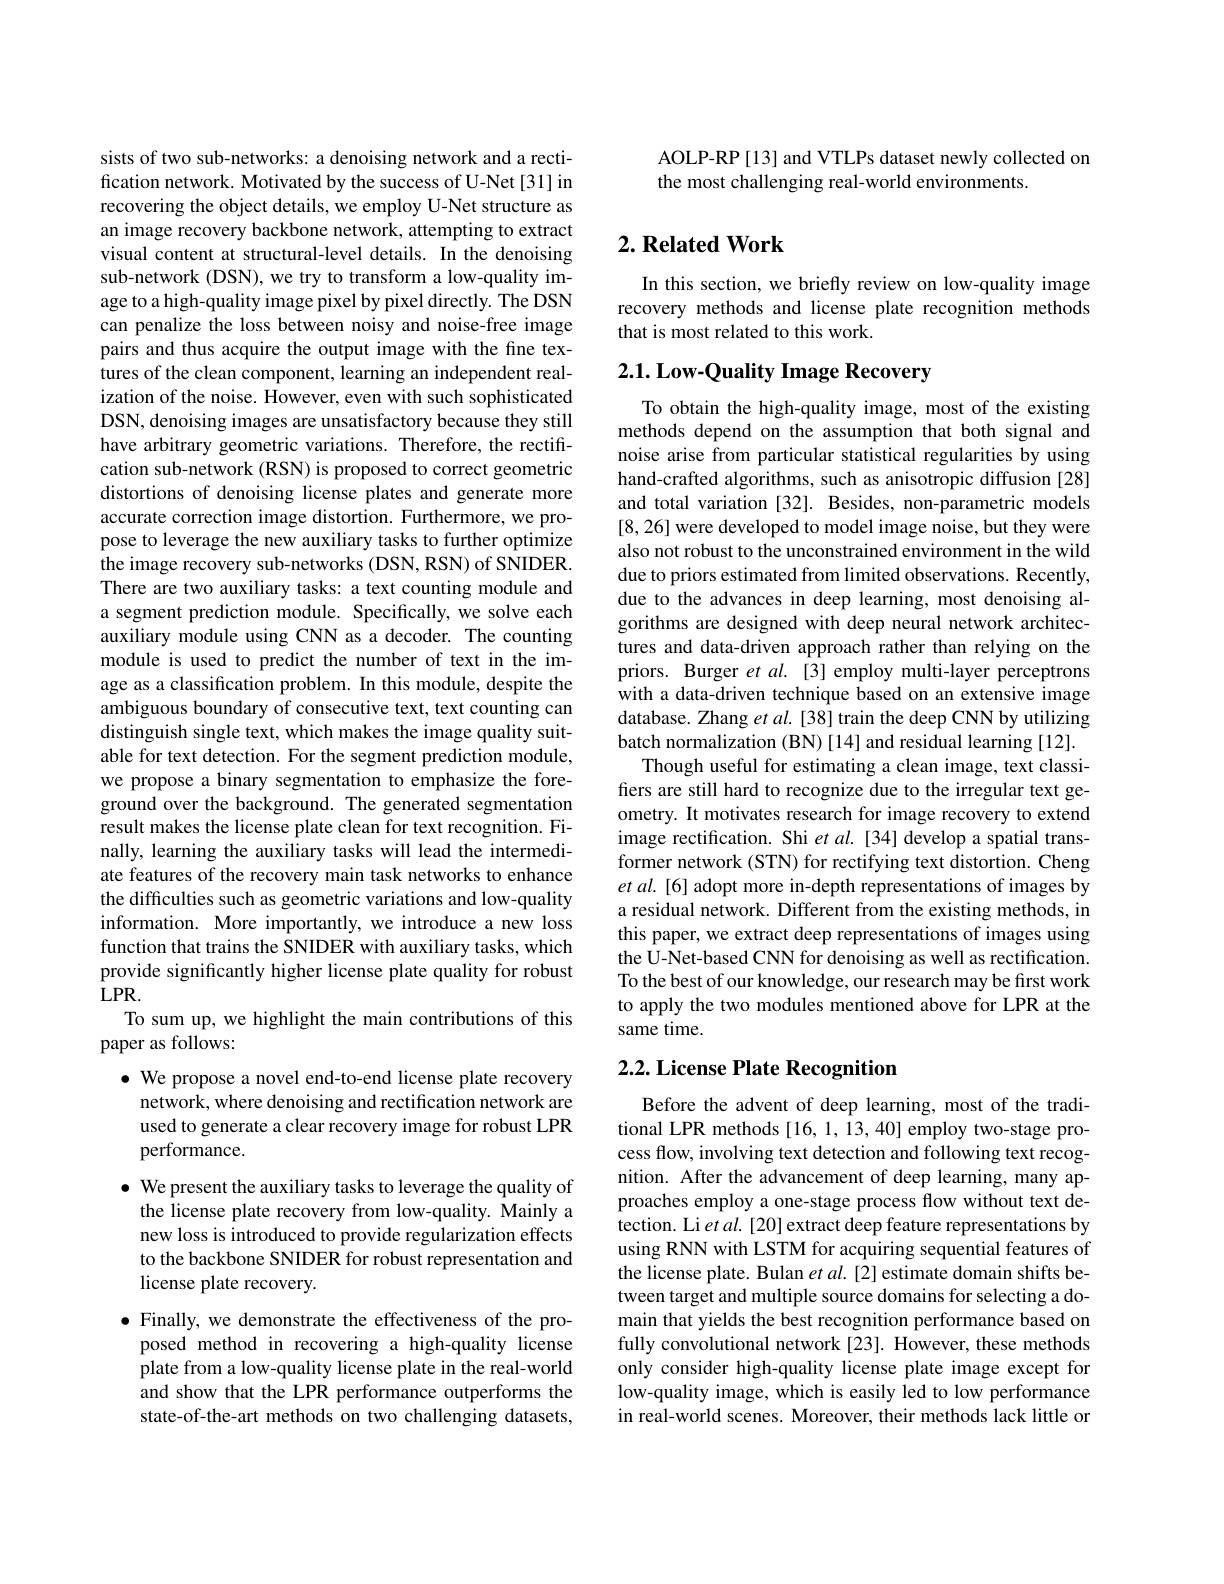
sists of two sub-networks: a denoising network and a rectification network. Motivated by the success of U-Net [31] in recovering the object details, we employ U-Net structure as an image recovery backbone network, attempting to extract visual content at structural-level details. In the denoising sub-network (DSN), we try to transform a low-quality image to a high-quality image pixel by pixel directly. The DSN can penalize the loss between noisy and noise-free image pairs and thus acquire the output image with the fine textures of the clean component, learning an independent realization of the noise. However, even with such sophisticated DSN, denoising images are unsatisfactory because they still have arbitrary geometric variations. Therefore, the rectification sub-network (RSN) is proposed to correct geometric distortions of denoising license plates and generate more accurate correction image distortion. Furthermore, we propose to leverage the new auxiliary tasks to further optimize the image recovery sub-networks (DSN, RSN) of SNIDER. There are two auxiliary tasks: a text counting module and a segment prediction module. Specifically, we solve each auxiliary module using CNN as a decoder. The counting module is used to predict the number of text in the image as a classification problem. In this module, despite the ambiguous boundary of consecutive text, text counting can distinguish single text, which makes the image quality suitable for text detection. For the segment prediction module, we propose a binary segmentation to emphasize the foreground over the background. The generated segmentation result makes the license plate clean for text recognition. Finally, learning the auxiliary tasks will lead the intermediate features of the recovery main task networks to enhance the difficulties such as geometric variations and low-quality information. More importantly, we introduce a new loss function that trains the SNIDER with auxiliary tasks, which provide significantly higher license plate quality for robust $LPR.$
To sum up, we highlight the main contributions of this
paper as follows:
$\bullet$ We propose a novel end-to-end license plate recovery
network, where denoising and rectification network are used to generate a clear recovery image for robust LPR performance.
$\bullet$ We present the auxiliary tasks to leverage the quality of
the license plate recovery from low-quality. Mainly a new loss is introduced to provide regularization effects to the backbone SNIDER for robust representation and license plate recovery.
$\bullet$ Finally, we demonstrate the effectiveness of the pro-
posed method in recovering a high-quality license plate from a low-quality license plate in the real-world and show that the LPR performance outperforms the state-of-the-art methods on two challenging datasets,

AOLP-RP[13] and VTLPs dataset newly collected on
the most challenging real-world environments.

## $2. \textbf{Related Work}$

In this section, we briefly review on low-quality image recovery methods and license plate recognition methods that is most related to this work.

# 2.1. Low-Quality Image Recovery

To obtain the high-quality image, most of the existing methods depend on the assumption that both signal and noise arise from particular statistical regularities by using hand-crafted algorithms, such as anisotropic diffusion [28] and total variation [32]. Besides, non-parametric models [8,26] were developed to model image noise, but they were also not robust to the unconstrained environment in the wild due to priors estimated from limited observations. Recently, due to the advances in deep learning, most denoising algorithms are designed with deep neural network architectures and data-driven approach rather than relying on the priors. Burger et al.[3] employ multi-layer perceptrons with a data-driven technique based on an extensive image database. Zhang et al. [38] train the deep CNN by utilizing batch normalization (BN) [14] and residual learning [12].
Though useful for estimating a clean image, text classifers are still hard to recognize due to the irregular text geometry. It motivates research for image recovery to extend image rectification. Shi et al.[34] develop a spatial transformer network (STN) for rectifying text distortion. Cheng et al.[6] adopt more in-depth representations of images by a residual network. Different from the existing methods, in this paper, we extract deep representations of images using the U-Net-based CNN for denoising as well as rectification. To the best of our knowledge, our research may be first work to apply the two modules mentioned above for LPR at the same time.

## 2.2. License Plate Recognition

Before the advent of deep learning, most of the traditional LPR methods [16,1,13,40] employ two-stage process flow, involving text detection and following text recognition. After the advancement of deep learning, many approaches employ a one-stage process flow without text detection. Li $etal.[20]$ extract deep feature representations by using RNN with LSTM for acquiring sequential features of the license plate. Bulan $etal.[2]$ estimate domain shifts between target and multiple source domains for selecting a domain that yields the best recognition performance based on fully convolutional network [23]. However, these methods only consider high-quality license plate image except for low-quality image, which is easily led to low performance in real-world scenes. Moreover, their methods lack little or